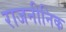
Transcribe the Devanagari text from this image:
राजनीनिक